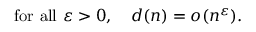
{ \mathrm { f o r ~ a l l ~ } } \varepsilon > 0 , \quad d ( n ) = o ( n ^ { \varepsilon } ) .